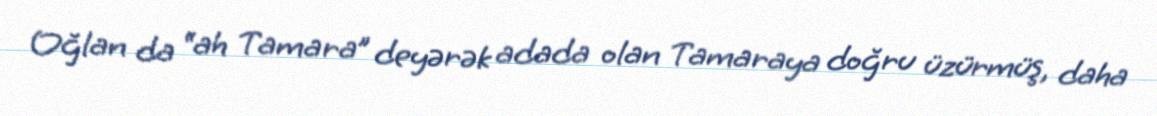
Oğlan da “ah Tamara” deyərək adada olan Tamaraya doğru üzürmüş, daha